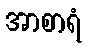
အာစာရံ